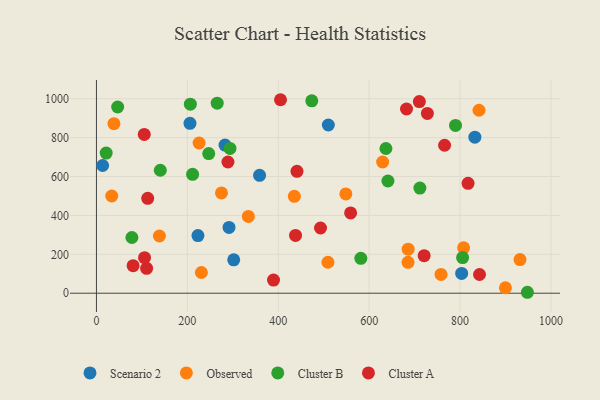
{"axis": {"x": "Investment", "y": "Sales"}, "legend": ["Cluster A", "Cluster B", "Observed", "Scenario 2"], "data": [{"x": "803.5", "y": 101.6, "type": "Scenario 2"}, {"x": "205.8", "y": 873.8, "type": "Scenario 2"}, {"x": "358.9", "y": 606.2, "type": "Scenario 2"}, {"x": "282.9", "y": 761.5, "type": "Scenario 2"}, {"x": "223.3", "y": 296.5, "type": "Scenario 2"}, {"x": "832.6", "y": 802.1, "type": "Scenario 2"}, {"x": "510.2", "y": 865.0, "type": "Scenario 2"}, {"x": "291.7", "y": 338.2, "type": "Scenario 2"}, {"x": "13.6", "y": 656.7, "type": "Scenario 2"}, {"x": "302.0", "y": 171.6, "type": "Scenario 2"}, {"x": "138.5", "y": 294.2, "type": "Observed"}, {"x": "758.1", "y": 96.5, "type": "Observed"}, {"x": "275.1", "y": 515.5, "type": "Observed"}, {"x": "334.2", "y": 394.9, "type": "Observed"}, {"x": "807.8", "y": 233.6, "type": "Observed"}, {"x": "230.9", "y": 106.5, "type": "Observed"}, {"x": "548.7", "y": 510.7, "type": "Observed"}, {"x": "931.9", "y": 173.2, "type": "Observed"}, {"x": "685.5", "y": 158.9, "type": "Observed"}, {"x": "33.6", "y": 499.9, "type": "Observed"}, {"x": "899.8", "y": 27.5, "type": "Observed"}, {"x": "435.4", "y": 498.3, "type": "Observed"}, {"x": "685.8", "y": 226.3, "type": "Observed"}, {"x": "225.9", "y": 772.4, "type": "Observed"}, {"x": "629.7", "y": 674.7, "type": "Observed"}, {"x": "841.7", "y": 940.9, "type": "Observed"}, {"x": "38.5", "y": 871.9, "type": "Observed"}, {"x": "509.3", "y": 159.2, "type": "Observed"}, {"x": "805.6", "y": 183.4, "type": "Cluster B"}, {"x": "247.0", "y": 717.8, "type": "Cluster B"}, {"x": "473.8", "y": 989.3, "type": "Cluster B"}, {"x": "293.8", "y": 744.3, "type": "Cluster B"}, {"x": "948.1", "y": 4.8, "type": "Cluster B"}, {"x": "206.6", "y": 972.0, "type": "Cluster B"}, {"x": "581.7", "y": 179.6, "type": "Cluster B"}, {"x": "641.3", "y": 576.9, "type": "Cluster B"}, {"x": "140.5", "y": 632.2, "type": "Cluster B"}, {"x": "46.7", "y": 957.6, "type": "Cluster B"}, {"x": "711.6", "y": 540.7, "type": "Cluster B"}, {"x": "265.7", "y": 977.4, "type": "Cluster B"}, {"x": "211.5", "y": 611.5, "type": "Cluster B"}, {"x": "790.0", "y": 863.0, "type": "Cluster B"}, {"x": "21.4", "y": 720.5, "type": "Cluster B"}, {"x": "78.0", "y": 286.5, "type": "Cluster B"}, {"x": "636.9", "y": 744.2, "type": "Cluster B"}, {"x": "721.0", "y": 193.2, "type": "Cluster A"}, {"x": "765.9", "y": 760.7, "type": "Cluster A"}, {"x": "842.8", "y": 96.1, "type": "Cluster A"}, {"x": "728.1", "y": 924.3, "type": "Cluster A"}, {"x": "710.4", "y": 985.2, "type": "Cluster A"}, {"x": "493.0", "y": 335.3, "type": "Cluster A"}, {"x": "817.6", "y": 564.8, "type": "Cluster A"}, {"x": "438.0", "y": 297.0, "type": "Cluster A"}, {"x": "105.8", "y": 182.9, "type": "Cluster A"}, {"x": "682.2", "y": 947.1, "type": "Cluster A"}, {"x": "289.3", "y": 674.6, "type": "Cluster A"}, {"x": "80.7", "y": 141.8, "type": "Cluster A"}, {"x": "110.4", "y": 127.9, "type": "Cluster A"}, {"x": "389.6", "y": 67.3, "type": "Cluster A"}, {"x": "441.2", "y": 626.6, "type": "Cluster A"}, {"x": "405.0", "y": 994.9, "type": "Cluster A"}, {"x": "112.8", "y": 487.9, "type": "Cluster A"}, {"x": "105.2", "y": 816.4, "type": "Cluster A"}, {"x": "559.2", "y": 412.7, "type": "Cluster A"}]}